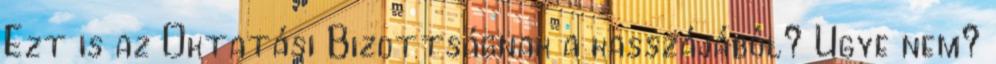
Ezt is az Oktatási Bizottságnak a kasszájából? Ugye nem?